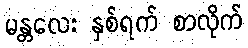
မန္တလေး နှစ်ရက် စာလိုက်